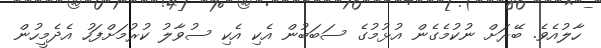
ހާލުއެވެ. ބޭރަށް ނުކުމެގެން އުޅުމުގެ ސަބަބުން އެކި އެކި ސުވާލު ކުރުމަށްފަހު އެދެމީހުން